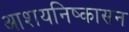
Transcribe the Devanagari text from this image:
आशयनिष्कासन